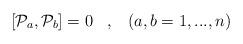
LaTeX: \begin{align*}\left[ {{\cal P}}_a , {{\cal P}}_b \right] =0 \;\;\;,\;\;\;\left(a,b=1,...,n\right)\end{align*}